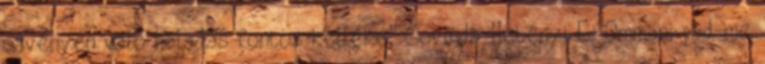
ösvényen való haladás fontos kelléke" Govinda-Hetényi E: Ommani pad-me